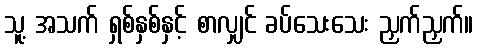
သူ့ အသက် ရှစ်နှစ်နှင့် စာလျှင် ခပ်သေးသေး ညှက်ညှက်။